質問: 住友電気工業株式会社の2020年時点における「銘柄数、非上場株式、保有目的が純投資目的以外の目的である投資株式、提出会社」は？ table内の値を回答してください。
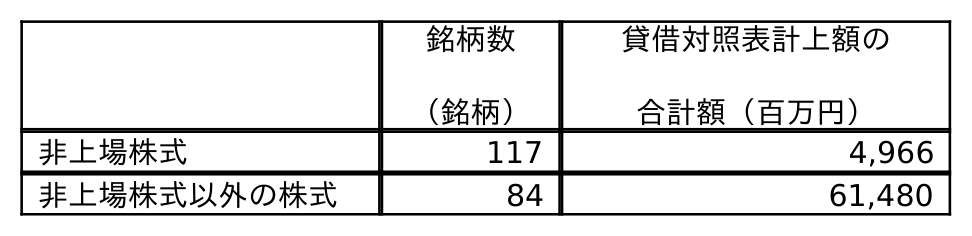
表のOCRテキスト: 銘柄数 （銘柄） 貸借対照表計上額の 合計額（百万円） 非上場株式 117 4,966 非上場株式以外の株式 84 61,480
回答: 117